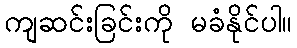
ကျဆင်းခြင်းကို မခံနိုင်ပါ။